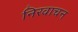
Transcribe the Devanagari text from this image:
निरवाचन